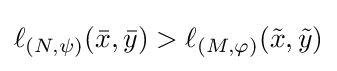
\ell _{(N,\psi )}({\bar {x}},{\bar {y}})>\ell _{(M,\varphi )}({\tilde {x}},{\tilde {y}})